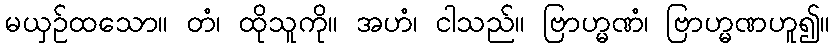
မယှဉ်ထသော။ တံ၊ ထိုသူကို။ အဟံ၊ ငါသည်။ ဗြာဟ္မဏံ၊ ဗြာဟ္မဏဟူ၍။